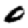
Digit: 0